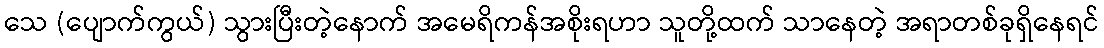
သေ (ပျောက်ကွယ်) သွားပြီးတဲ့နောက် အမေရိကန်အစိုးရဟာ သူတို့ထက် သာနေတဲ့ အရာတစ်ခုရှိနေရင်